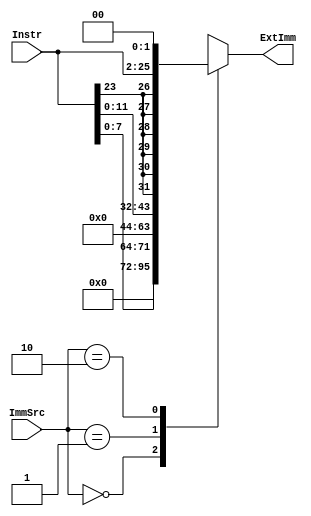
module Extend(
	input [23:0] Instr,
	input [1:0] ImmSrc,
	output reg [31:0] ExtImm
	);

	always @(*)
		case(ImmSrc)
			// 8-bit unsigned immediate for data-processing
			2'b00: ExtImm = {24'b0, Instr[7:0]};
			// 12-bit unsigned immediate for LDR/STR
			2'b01: ExtImm = {20'b0, Instr[11:0]};
			// 24-bit two's complement(24-bit signed immediate) multiplied by 4 for Branch
			2'b10: ExtImm = {{6{Instr[23]}}, Instr[23:0], 2'b00};
			default: ExtImm = 32'bx; // undefined
	endcase
endmodule